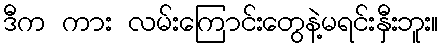
ဒီက ကား လမ်းကြောင်းတွေနဲ့မရင်းနှီးဘူး။